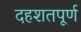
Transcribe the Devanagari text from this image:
दहशतपूर्ण